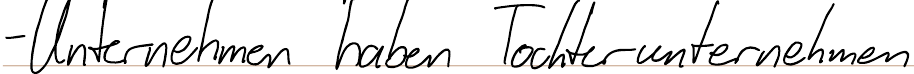
- Unternehmen haben Tochterunternehmen